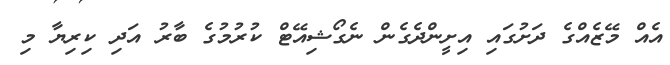
އެއް މޭޒެއްގެ ދަށުގައި އިށީންދެގެން ނެގޯޝިއޭޓް ކުރުމުގެ ބާރު އަދި ކިރިޔާ މި